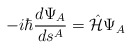
\begin{align*}-i\hbar \frac{ d \Psi_{A} }{ d s^{A}} =\hat{\cal H}\Psi_{A}\end{align*}